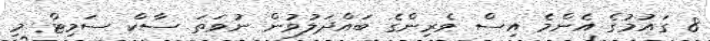
8 ގައުމުގެ އެންމެ އިސް ވެރިންގެ ބައްދަލުވުން ނުވަތަ ސާކް ސަމިޓް މި